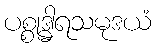
ပစ္စုဒ္ဓါရသမုဒယံ